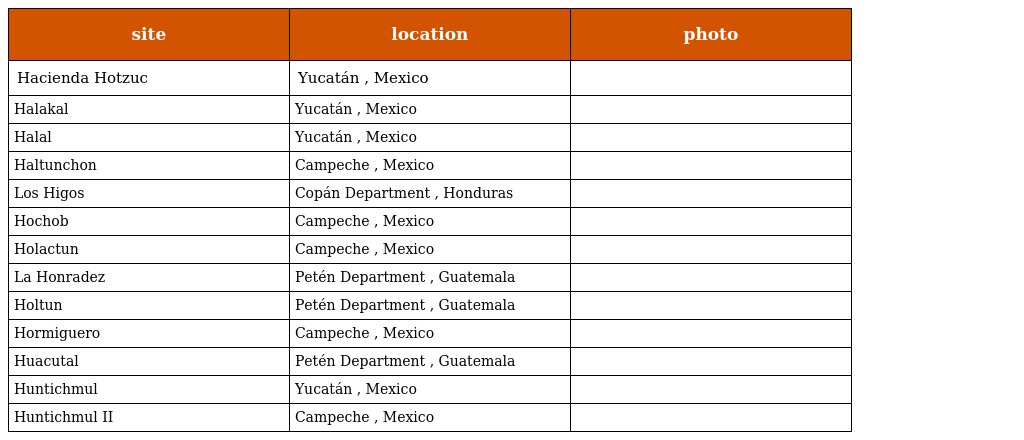
| site | location | photo |
 | --- | --- | --- |
 | Hacienda Hotzuc | Yucatán , Mexico |  |
 | Halakal | Yucatán , Mexico |  |
 | Halal | Yucatán , Mexico |  |
 | Haltunchon | Campeche , Mexico |  |
 | Los Higos | Copán Department , Honduras |  |
 | Hochob | Campeche , Mexico |  |
 | Holactun | Campeche , Mexico |  |
 | La Honradez | Petén Department , Guatemala |  |
 | Holtun | Petén Department , Guatemala |  |
 | Hormiguero | Campeche , Mexico |  |
 | Huacutal | Petén Department , Guatemala |  |
 | Huntichmul | Yucatán , Mexico |  |
 | Huntichmul II | Campeche , Mexico |  |